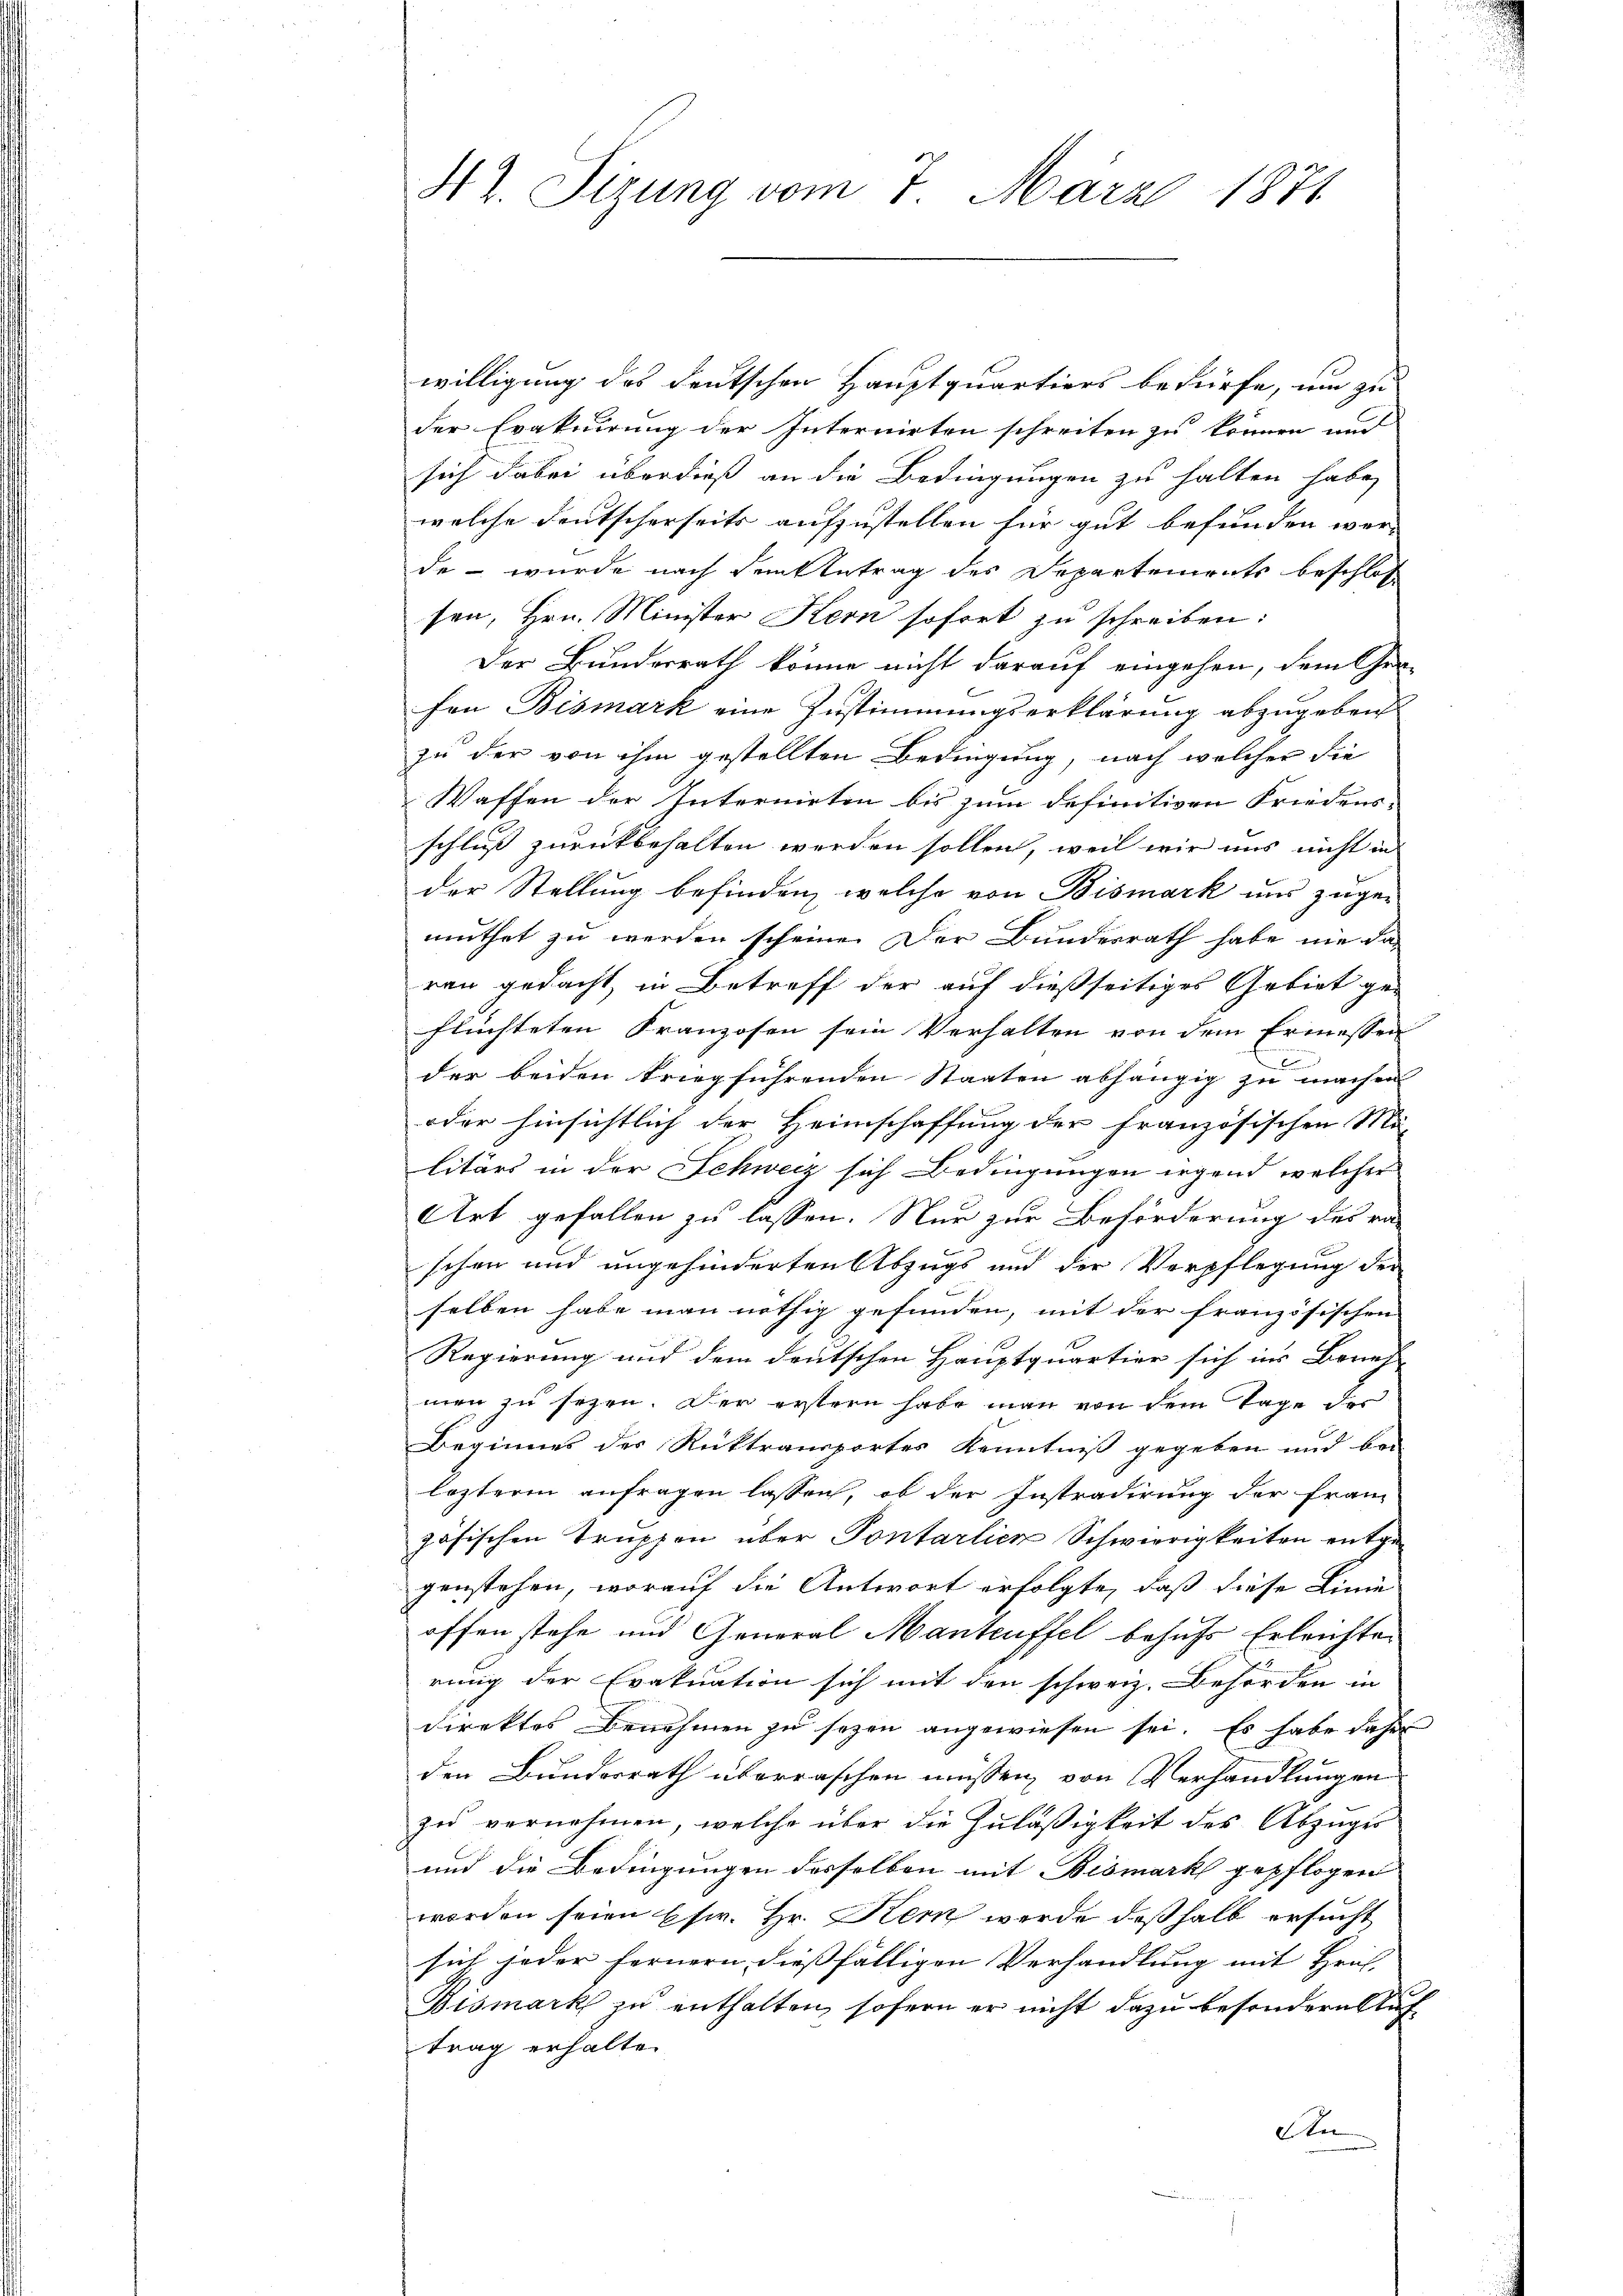
Hr. Sizung vom 7. März 1871

willigung des deutschen Hauptquartiers bedürfe, um zu
der Evakuirung der Internirten schreiten zu können und
sich dabei überdieß an die Bedingungen zu halten habe,
welche deutscherseits aufzustellen für gut befunden werde – wurde nach dem Antrag des Departements beschloß
sen, Hrn. Minister Kern sofort zu schreiben:
Der Bundesrath könne nicht darauf eingehen, dem Ge-
fen Bismark eine Zustimmungserklärung abzugeben
zu der von ihm gestellten Bedingung, nach welcher die
Waffen der Internirten bis zum definitiven Friedens-
schluss zurückbehalten werden sollen, weil wir uns nicht in
der Stellung befinden, welche von Bismark uns zuger
muthet zu werden scheine. Der Bundesrath habe nie das
ren gedacht, in Betreff der auf dießseitiges Gebiet ge-
flüchteten Franzosen sein Verhalten von dem Ermessen
der beiden kriegführenden Staaten abhängig zu machen
oder hinsichtlich der Heimschaffung der französischen Ma
litärs in der Schweiz sich Bedingungen irgend welcher
Art gefallen zu lassen. Nur zur Beförderung des ra-
schen und ungehinderten Abzugs und der Verpflegung der
selben habe man nöthig gefunden, mit der französischen
Regierung und dem deutschen Hauptquartier sich in Benef
men zu sezen. Der erstern habe man von dem Tage den
Beginnes des Rücktransportes Kenntniß gegeben und bei
lezteren anfragen lassen, ob der Instradirung der Frau
zösischen Truppen über Pontarlich Schwierigkeiten entgegenstehen, worauf die Antwort erfolgte, daß diese Linie
offen stehe und General Manteuffel behufs Erleichter
rung der Evakuation sich mit den schweiz. Behörden in
direktes Benehmen zu sezen angewiesen sei. Es habe daher
den Bundesrath überraschen müssen, von Verhandlungen
zu vernehmen, welche über die Zuläßigkeit des Abzuges
und die Bedingungen desselben mit Bismark gepflogen
worden seien usw. Hr. Kem werde deßhalb ersucht
sich jeder fernern dießfälligen Verhandlung mit Hrif-
Bismark zu enthalten, sofern er nicht dazu besondern Auftrag erhalten
An